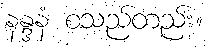
နန္ဒနံ စသည်တည်း။